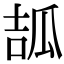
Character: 𤫶